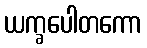
ယက္ခပေါတကော